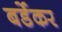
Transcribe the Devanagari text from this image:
बर्डेकर